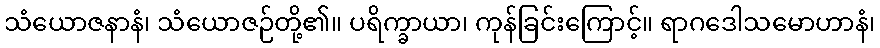
သံယောဇနာနံ၊ သံယောဇဉ်တို့၏။ ပရိက္ခာယာ၊ ကုန်ခြင်းကြောင့်။ ရာဂဒေါသမောဟာနံ၊